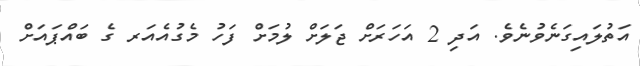
އަތުލައިގަނެވުނެވެ. އަދި 2 އަހަރަށް ޖަލަށް ލުމަށް ފަހު މެގުއެއަރ ގެ ބައްޕައަށް